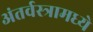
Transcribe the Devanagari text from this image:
अंतर्वस्त्रामध्ये